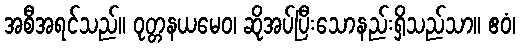
အစီအရင်သည်။ ဝုတ္တနယမေဝ၊ ဆိုအပ်ပြီးသောနည်းရှိသည်သာ။ ဧဝံ၊